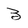
Character: 3